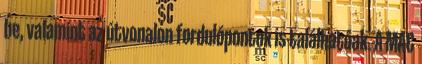
be, valamint az útvonalon fordulópontok is találhatóak. A MAC